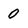
Character: 0